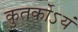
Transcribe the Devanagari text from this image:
कुतर्कोऽयं